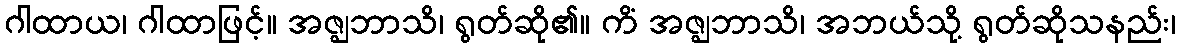
ဂါထာယ၊ ဂါထာဖြင့်။ အဇ္ဈဘာသိ၊ ရွတ်ဆို၏။ ကိံ အဇ္ဈဘာသိ၊ အဘယ်သို့ ရွတ်ဆိုသနည်း၊